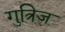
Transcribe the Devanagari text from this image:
गुत्रिज